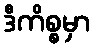
ဒီကိစ္စမှာ